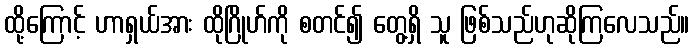
ထို့ကြောင့် ဟာရှယ်အား ထိုဂြိုဟ်ကို စတင်၍ တွေ့ရှိ သူ ဖြစ်သည်ဟုဆိုကြလေသည်။